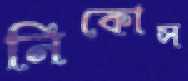
নিকোস